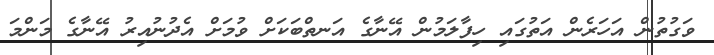
ވަގުތުން އަހަރެން އަތުގައި ހިފާލަމުން އޭނާގެ އަނތްބަކަށް ވުމަށް އެދުނުއިރު އޭނާގެ މަންމަ